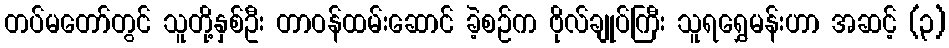
တပ်မတော်တွင် သူတို့နှစ်ဦး တာဝန်ထမ်းဆောင် ခဲ့စဉ်က ဗိုလ်ချုပ်ကြီး သူရရွှေမန်းဟာ အဆင့် (၃)